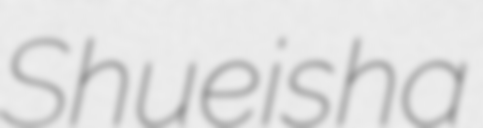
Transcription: Shueisha